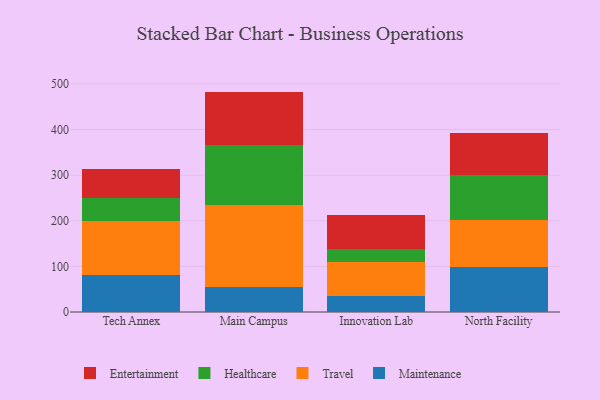
{"axis": {"x": "Campus", "y": "Production Output"}, "legend": ["Entertainment", "Healthcare", "Maintenance", "Travel"], "data": [{"x": "Tech Annex", "y": 81.9, "type": "Maintenance"}, {"x": "Tech Annex", "y": 118.4, "type": "Travel"}, {"x": "Tech Annex", "y": 48.7, "type": "Healthcare"}, {"x": "Tech Annex", "y": 64.6, "type": "Entertainment"}, {"x": "Main Campus", "y": 55.1, "type": "Maintenance"}, {"x": "Main Campus", "y": 178.6, "type": "Travel"}, {"x": "Main Campus", "y": 132.7, "type": "Healthcare"}, {"x": "Main Campus", "y": 116.7, "type": "Entertainment"}, {"x": "Innovation Lab", "y": 35.0, "type": "Maintenance"}, {"x": "Innovation Lab", "y": 74.5, "type": "Travel"}, {"x": "Innovation Lab", "y": 28.6, "type": "Healthcare"}, {"x": "Innovation Lab", "y": 73.5, "type": "Entertainment"}, {"x": "North Facility", "y": 97.6, "type": "Maintenance"}, {"x": "North Facility", "y": 103.5, "type": "Travel"}, {"x": "North Facility", "y": 98.6, "type": "Healthcare"}, {"x": "North Facility", "y": 92.5, "type": "Entertainment"}]}